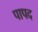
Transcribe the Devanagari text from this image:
पापद